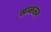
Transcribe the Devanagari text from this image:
सन्कलन